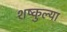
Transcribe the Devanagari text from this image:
शष्कुल्या